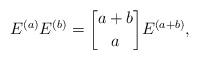
LaTeX: \begin{align*}E^{(a)}E^{(b)}={a+b \brack a}E^{(a+b)},\end{align*}